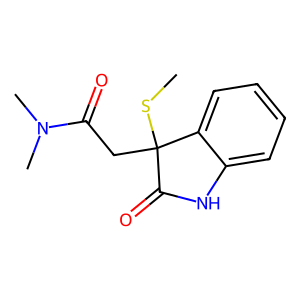
SMILES: CSC1(CC(=O)N(C)C)C(=O)Nc2ccccc21
Inhibits HIV replication: No